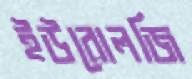
ইউরোলজি